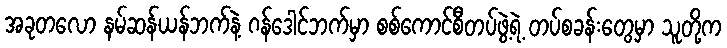
အခုတလော နမ်ဆန်ယန်ဘက်နဲ့ ဂန်ဒေါင်ဘက်မှာ စစ်ကောင်စီတပ်ဖွဲ့ရဲ့ တပ်စခန်းတွေမှာ သူတို့က